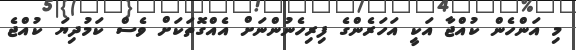
މި އަންހެން ކުއްޖާ އަކީ އަހަރެންގެ ފިރިހެނުންނަށް އެއްގޮތަކަށް ވެސް ކަމުދިޔަ ކުއްޖެ